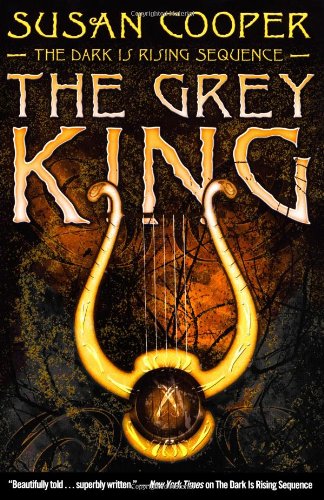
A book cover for The Grey King (The Dark Is Rising Sequence); Susan Cooper; Children's Books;